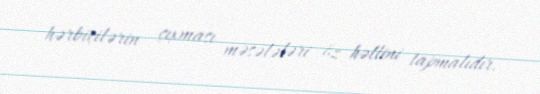
hərbiçilərin çıxması məsələləri öz həllini tapmalıdır.